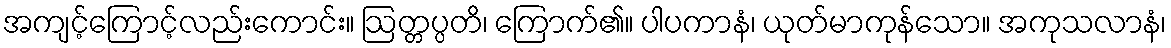
အကျင့်ကြောင့်လည်းကောင်း။ ဩတ္တပ္ပတိ၊ ကြောက်၏။ ပါပကာနံ၊ ယုတ်မာကုန်သော။ အကုသလာနံ၊